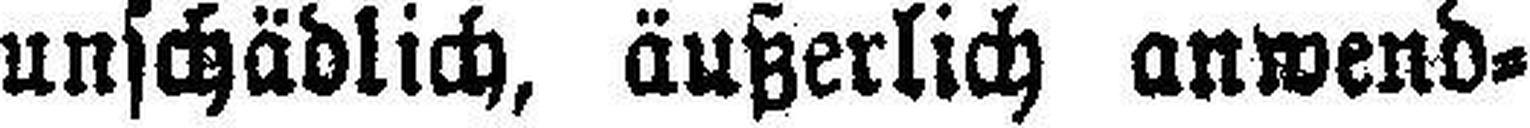
unschädlich, äußerlich anwend¬